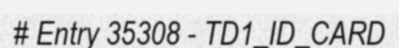
# Entry 35308 - TD1_ID_CARD